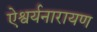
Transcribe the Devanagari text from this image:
ऐश्वर्यनारायण